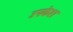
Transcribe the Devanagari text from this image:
उपकेश